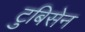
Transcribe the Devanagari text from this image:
टुबिसेन